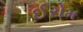
ઈરોમ